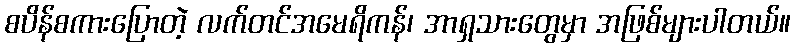
စပိန်စကားပြောတဲ့ လက်တင်အမေရိကန်၊ အာရှသားတွေမှာ အဖြစ်များပါတယ်။